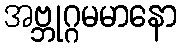
အဗ္ဘုဂ္ဂမမာနော